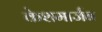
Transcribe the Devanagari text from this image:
केशमार्जन